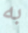
به